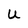
Character: U